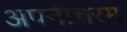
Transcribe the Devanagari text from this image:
अपनीचरम